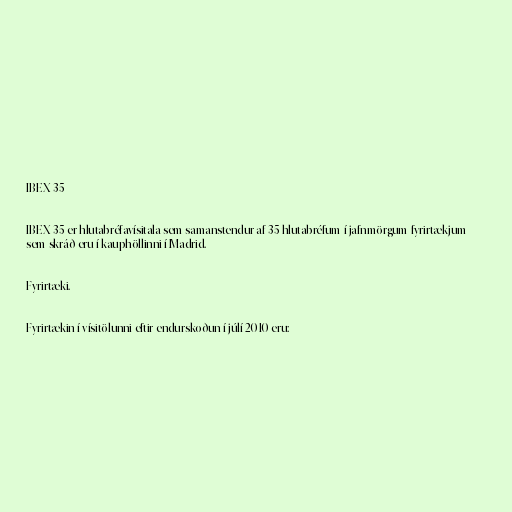
IBEX 35

IBEX 35 er hlutabréfavísitala sem samanstendur af 35 hlutabréfum í jafnmörgum fyrirtækjum
sem skráð eru í kauphöllinni í Madrid.

Fyrirtæki.

Fyrirtækin í vísitölunni eftir endurskoðun í júlí 2010 eru: